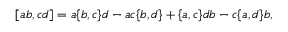
[ a b , c d ] = a \{ b , c \} d - a c \{ b , d \} + \{ a , c \} d b - c \{ a , d \} b ,